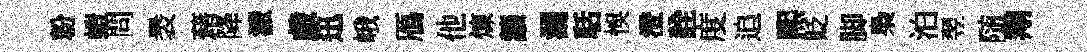
粉螘問褁藉降派戯迅峨鴈他煉讓漏聒悞澄詮度追煕貶脚梟泊翌随翔